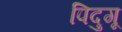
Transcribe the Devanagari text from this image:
पिदुगू